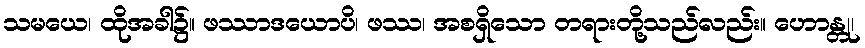
သမယေ၊ ထိုအခါ၌။ ဖဿာဒယောပိ၊ ဖဿ၊ အစရှိသော တရားတို့သည်လည်း။ ဟောန္တု၊